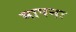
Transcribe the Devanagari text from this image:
मापनः